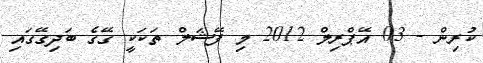
ކުރިން - 03 އޭޕްރިލް 2012 މި ފޭޝަލް ތަކަކީ ގޭގެ ބަދިގޭގައި